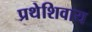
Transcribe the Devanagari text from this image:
प्रथेशिवाय